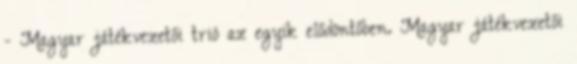
- Magyar játékvezetői trió az egyik elődöntőben. Magyar játékvezetői